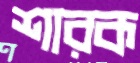
শারক